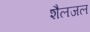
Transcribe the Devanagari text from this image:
शैलजल